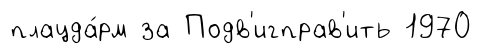
плацда́рм за Подв'игправ'ить 1970